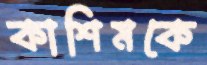
কাশিমকে